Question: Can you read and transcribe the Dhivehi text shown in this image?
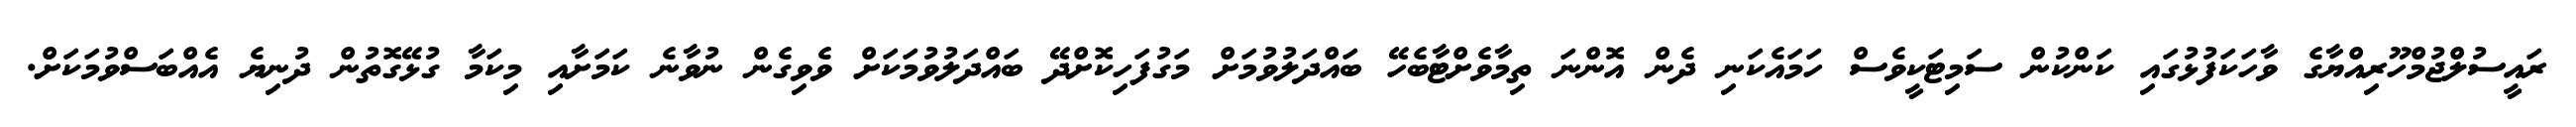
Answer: ރައީސުލްޖުމްހޫރިއްޔާގެ ވާހަކަފުޅުގައި ކަންކުން ސަމިޓަކީވެސް ހަމައެކަނި ދެން އޮންނަ ތިމާވެށްޓާބެހޭ ބައްދަލުވުމަށް މަގުފަހިކޮށްދޭ ބައްދަލުވުމަކަށް ވެވިގެން ނުވާނެ ކަމަށާއި މިކަމާ ގުޅޭގޮތުން ދުނިޔެ އެއްބަސްވުމަކަށް.